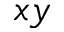
x y